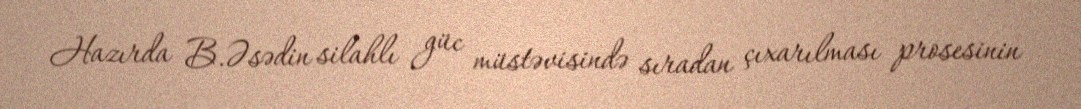
Hazırda B.Əsədin silahlı güc müstəvisində sıradan çıxarılması prosesinin